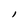
Character: l